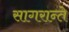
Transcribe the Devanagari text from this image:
सागरान्ते